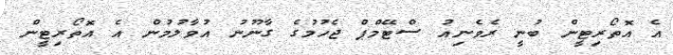
އެ އޮތޯރިޓީން ބުނީ ރެވެނިއު ސްޓޭމްޕް ޖެހުމުގެ ގާނޫނު އުވާލުމުން އެ އޮތޯރިޓީން